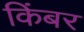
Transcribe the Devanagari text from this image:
किंबर